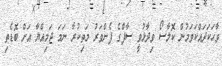
ވާހަކަދައްކަވަމުން ކޮލާސޯ ވިދާޅުވީ ސާފްގެ ފެންވަރު މަތިކުރާ ނަމަ ޖަމިއްޔާ އަށް ބޮޑެތި